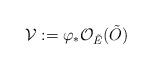
LaTeX: \begin{align*}\mathcal V:= \varphi_\ast \mathcal O_{\tilde E}(\tilde O)\end{align*}